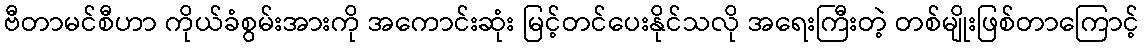
ဗီတာမင်စီဟာ ကိုယ်ခံစွမ်းအားကို အကောင်းဆုံး မြင့်တင်ပေးနိုင်သလို အရေးကြီးတဲ့ တစ်မျိုးဖြစ်တာကြောင့်